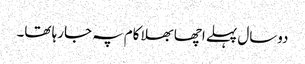
دوسال پہلے اچھا بھلا کام پہ جارہا تھا۔